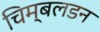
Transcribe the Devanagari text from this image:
चिम्बलडन